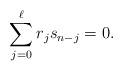
LaTeX: \begin{align*}\sum_{j=0}^\ell r_j s_{n-j}=0.\end{align*}